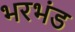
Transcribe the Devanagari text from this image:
भरभंड